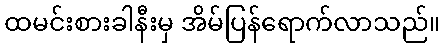
ထမင်းစားခါနီးမှ အိမ်ပြန်ရောက်လာသည်။